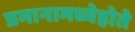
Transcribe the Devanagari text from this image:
प्रमानामध्येहोते